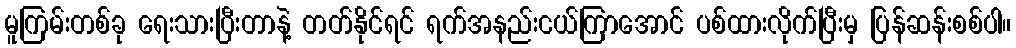
မူကြမ်းတစ်ခု ရေးသားပြီးတာနဲ့ တတ်နိုင်ရင် ရက်အနည်းငယ်ကြာအောင် ပစ်ထားလိုက်ပြီးမှ ပြန်ဆန်းစစ်ပါ။